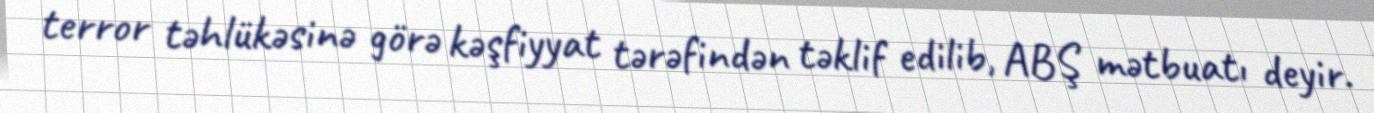
terror təhlükəsinə görə kəşfiyyat tərəfindən təklif edilib, ABŞ mətbuatı deyir.